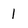
Character: 1